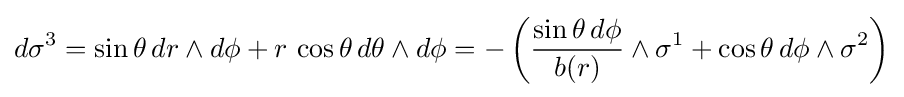
d\sigma ^{3}=\sin \theta \,dr\wedge d\phi +r\,\cos \theta \,d\theta \wedge d\phi =-\left({\frac {\sin \theta \,d\phi }{b(r)}}\wedge \sigma ^{1}+\cos \theta \,d\phi \wedge \sigma ^{2}\right)